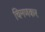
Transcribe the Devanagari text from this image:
चिमणकर